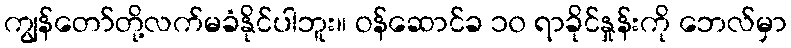
ကျွန်တော်တို့လက်မခံနိုင်ပါဘူး။ ဝန်ဆောင်ခ ၁၀ ရာခိုင်နှုန်းကို ဘေလ်မှာ